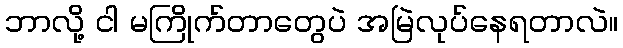
ဘာလို့ ငါ မကြိုက်တာတွေပဲ အမြဲလုပ်နေရတာလဲ။